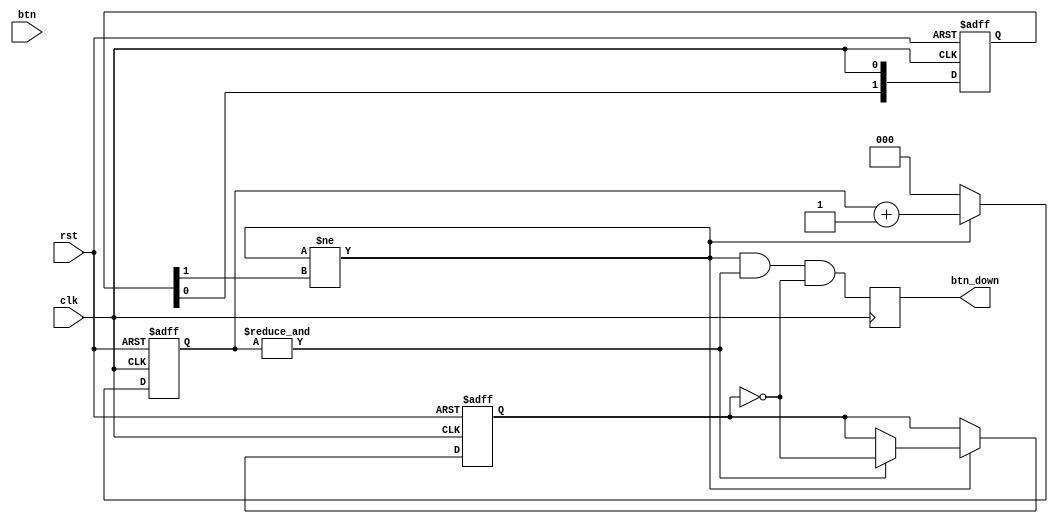
`timescale 1ns / 1ps
module M_BTN_FILTER_V10(
input clk,
input rst,
input btn,
output reg btn_down
);


reg btn_up;
reg btn_state;
reg [1:0] d_latch;
//         ,       
always@(posedge clk, posedge rst)
begin
	if(rst)
		d_latch <= 2'b00;
	else 
	begin
		d_latch[1]<= d_latch[0];
		d_latch[0] <= clk;
	end
end

reg[2:0] counter;
wire change_flag = (change_flag != d_latch[1]);
wire counter_max = &counter; // 

always@(posedge clk, posedge rst)
begin
	if(rst)
	begin
		counter <= 0;
		btn_state <= 0;
	end
	else if(change_flag)
	begin
		counter <= counter + 1;
		if(counter_max)
			btn_state <= ~btn_state;
	end
	else
		counter <= 0;
end

always @(posedge clk)
begin
	btn_down <= change_flag & counter_max & ~btn_state;
	btn_up <= change_flag & counter_max & btn_state;
end
 
endmodule